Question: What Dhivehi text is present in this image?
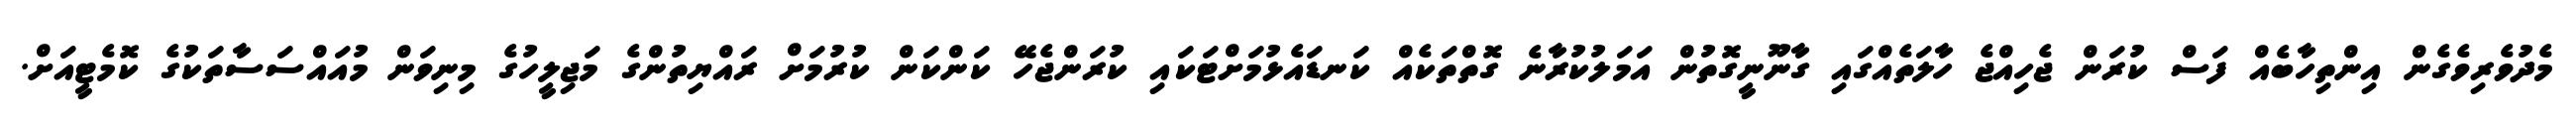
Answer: މެދުވެރިވެގެން އިންތިހާބެއް ފަސް ކުރަން ޖެހިއްޖެ ހާލަތެއްގައި ގާނޫނީގޮތުން އަމަލުކުރާނެ ގޮތްތަކެއް ކަނޑައެޅުމަށްޓަކައި ކުރަންޖެހޭ ކަންކަން ކުރުމަށް ރައްޔިތުންގެ މަޖިލީހުގެ މިނިވަން މުއައްސަސާތަކުގެ ކޮމެޓީއަށް.